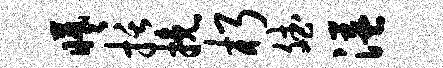
曦括挽朽斌溢